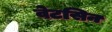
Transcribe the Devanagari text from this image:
वेटसिन